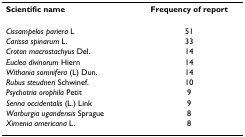
<table><thead><tr><td><b>Scientific name</b></td><td><b>Frequency of report</b></td></tr></thead><tbody><tr><td><i>Cissampelos pariera </i>L</td><td>51</td></tr><tr><td><i>Carissa spinarum </i>L.</td><td>33</td></tr><tr><td><i>Croton macrostachyus </i>Del.</td><td>14</td></tr><tr><td><i>Euclea divinorum </i>Hiern</td><td>14</td></tr><tr><td><i>Withania somnifera </i>(L) Dun.</td><td>14</td></tr><tr><td><i>Rubus steudneri </i>Schwinef.</td><td>10</td></tr><tr><td><i>Psychotria orophila </i>Petit</td><td>9</td></tr><tr><td><i>Senna occidentalis </i>(L.) Link</td><td>9</td></tr><tr><td><i>Warburgia ugandensis </i>Sprague</td><td>8</td></tr><tr><td><i>Ximenia americana </i>L.</td><td>8</td></tr></tbody></table>